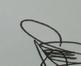
Signature authenticity: genuine